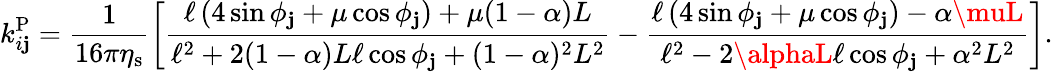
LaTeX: k_{i\mathbf{j}}^{\mathrm{{P}}}=\frac{{1}}{{16\pi\eta_{\mathrm{{s}}}}}\left[\frac{{\ell\left(4\sin\phi_{\mathbf{j}}+\mu\cos\phi_{\mathbf{j}}\right)+\mu(1-\alpha)L}}{{\ell^{2}+2(1-\alpha)L\ell\cos\phi_{\mathbf{j}}+(1-\alpha)^{2}L^{2}}}-\frac{{\ell\left(4\sin\phi_{\mathbf{j}}+\mu\cos\phi_{\mathbf{j}}\right)-\alpha\muL}}{{\ell^{2}-2\alphaL\ell\cos\phi_{\mathbf{j}}+\alpha^{2}L^{2}}}\right].